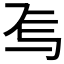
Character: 𬻆